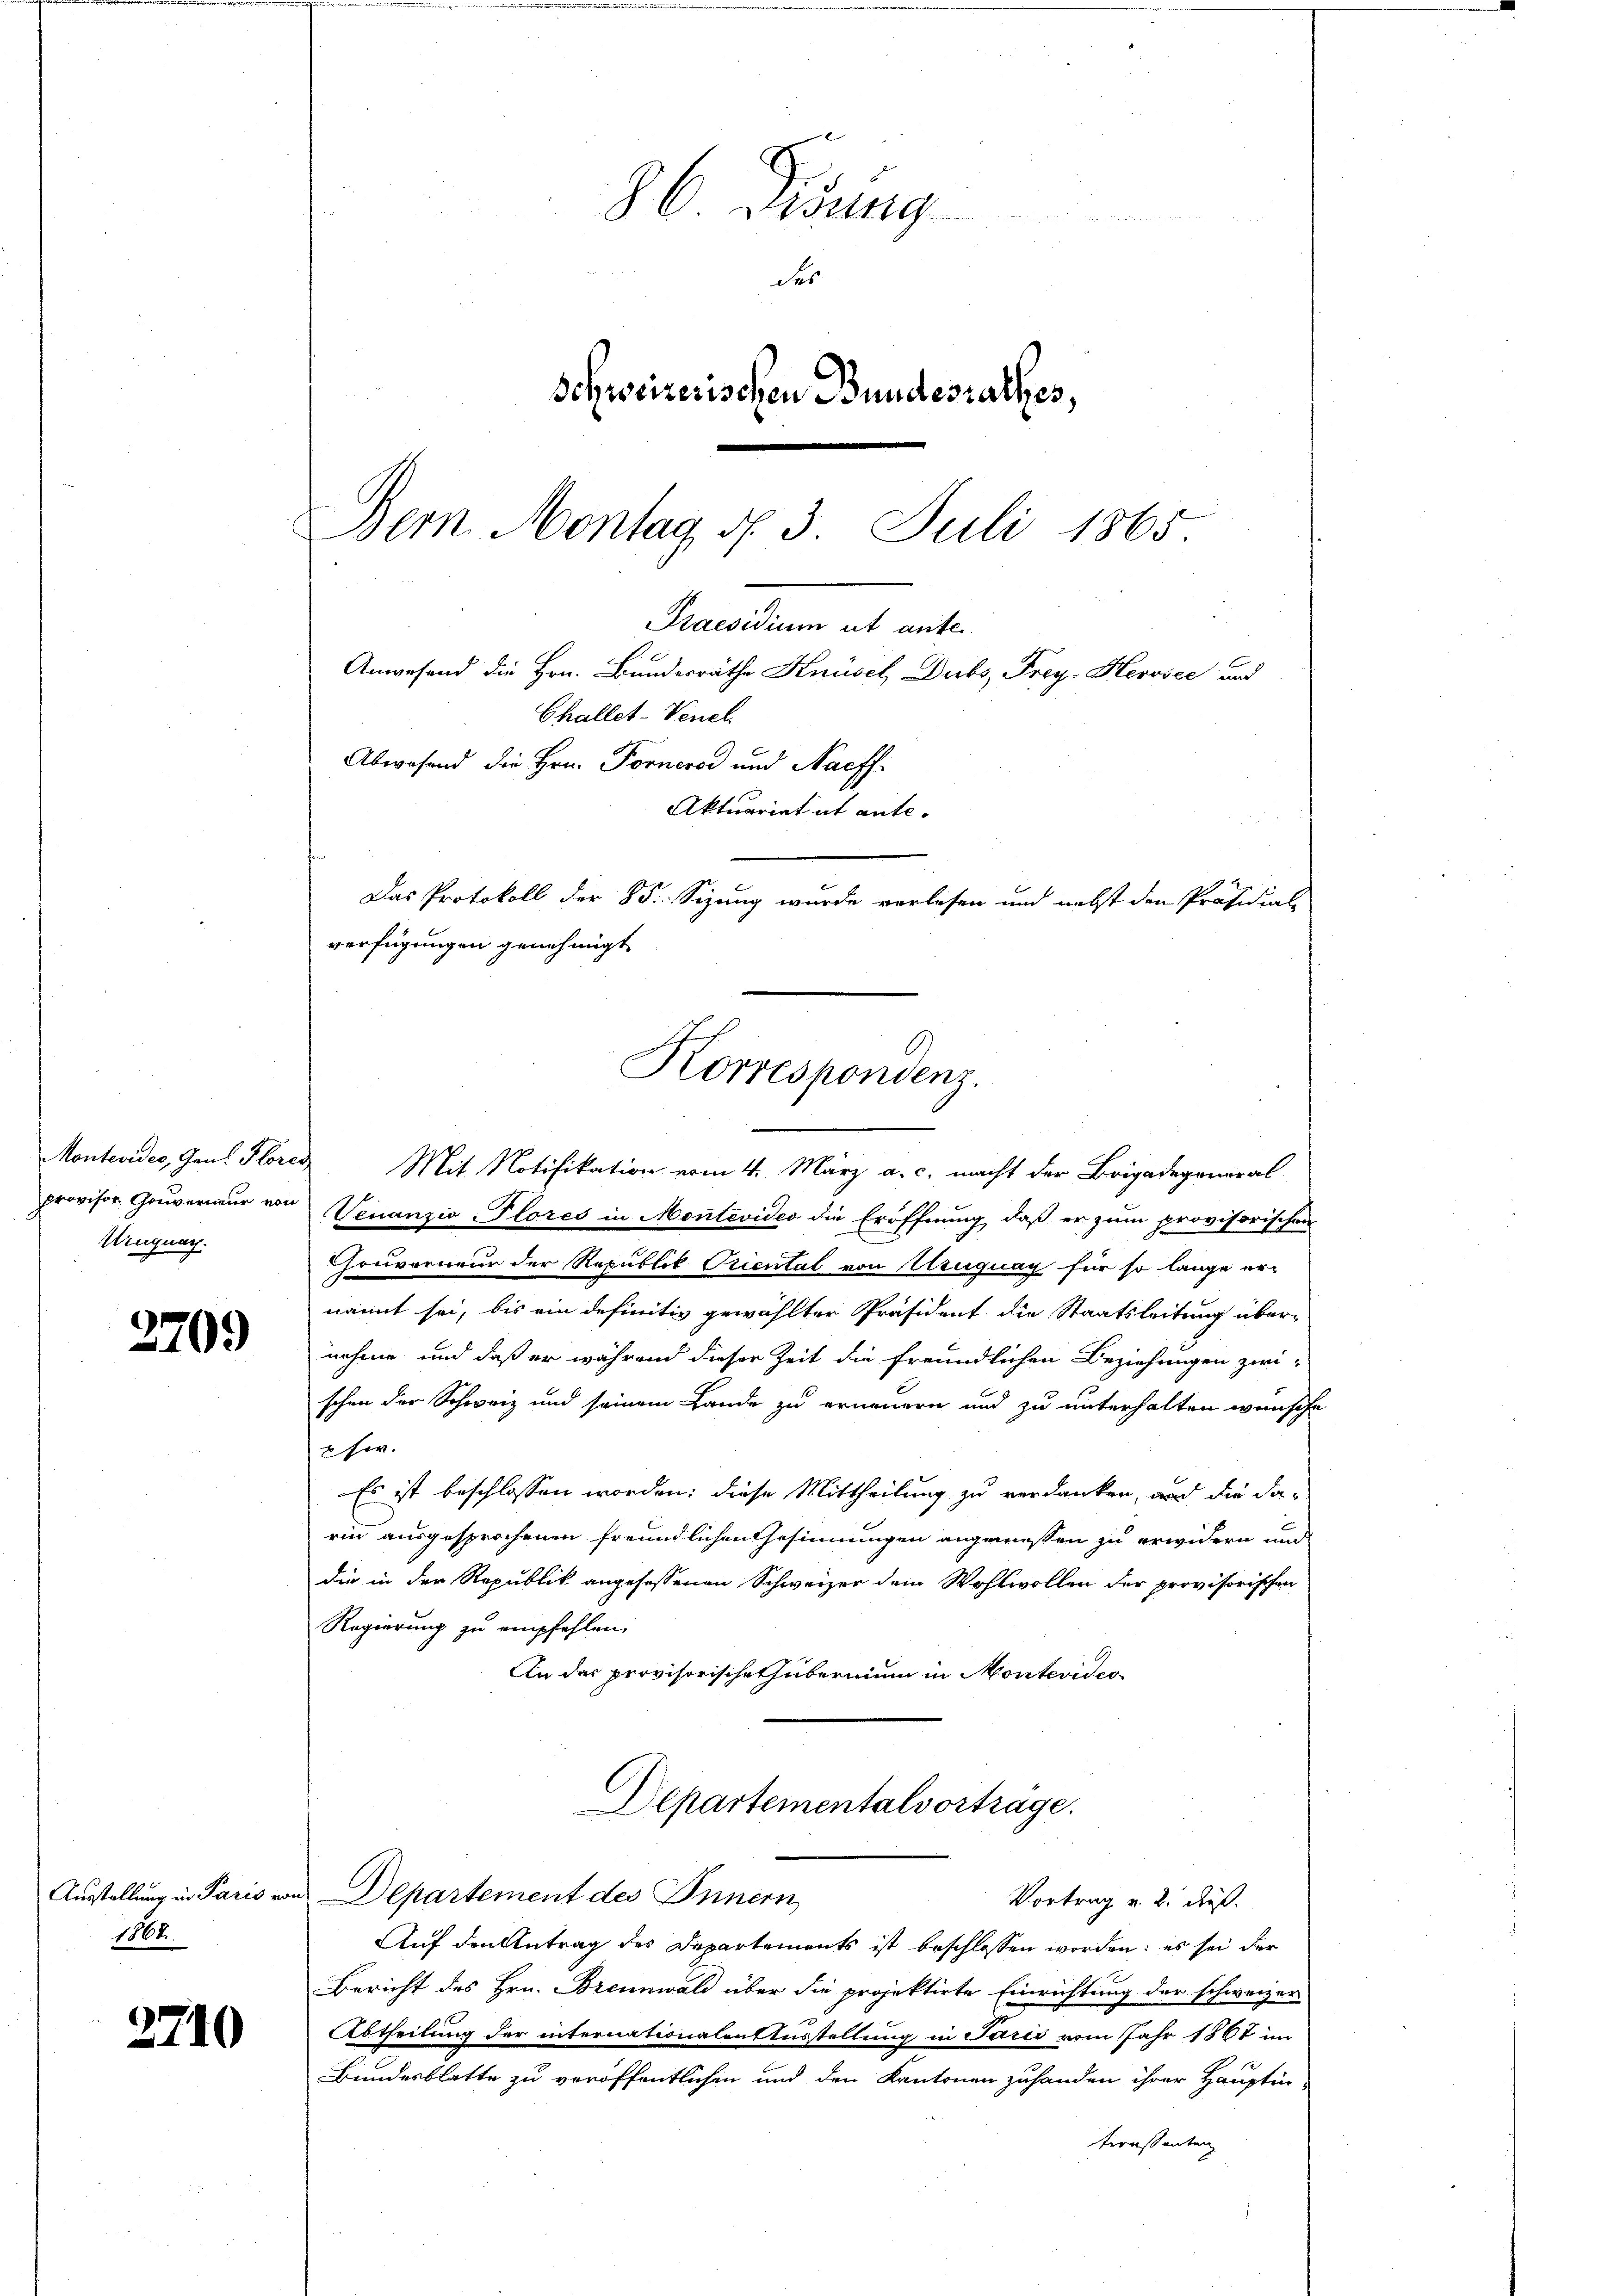
Montevides, Gen. Flore
provisor. Gouverneur von
Wengnach.

3709

Ausstellung in Paris vor
1864

2710

86 Didung
des
Schweizerischen Bundesrathes,

Dem Montag N. 3. Juli 1865.
Praesidium ut anter
Challet-Venel.
Abwesend die Hrn. Fornerei und Nachf
Aktuariat ut ante-
Das Protokoll der 85. Sizung wurde verlesen und nebst den Präsidial-
verfügungen genehmigt
Korrespondenz.

Mit Notifikation vom 4. März a. c. macht der Brigadegeneral
Venanzio Plores in Montevideo die Eröffnung, daß er zum provisorischen
Houvernenn der Republik Oriental von Uruguag für so lange ernannt sei, bis ein definitiv gewählter Präsident die Staatsleitung übernehme und daß er während dieser Zeit die freundlichen Beziehungen zwi-
schon der Schweiz und seinem Lande zu erneuern und zu unterhalten wünsche
u her.
Es ist beschlossen worden; diese Mittheilung zu verdanken, und die darin ausgesprochenen freundlichen Gesinnungen angemessen zu erwidern und
die in der Republik angesessenen Schweizer dem Wohlwollen der provisorischen
Regierung zu empfehlen.
An der provisorische übernium in Montevideo
Departementalvortrage.
Departement des Innern
Vortrag v. 2. dieß.
Auf den Antrag des Departements ist beschlossen worden; es sei der
Bericht des Hrn. Brennwald über die projektirte Einrichtung der schweizer
Abtheilung der internationalent zustellung in Paris vom Jahr 1867 im
Bundesblatte zu veröffentlichen und den Kantonen zuhanden ihrer Haupti-
teressanten

Anwesend die Hrn. Bundesräthe Knüsel, Dubs, Frey-Herosec und